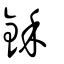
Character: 鉌